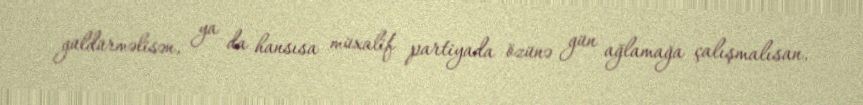
güldürməlisən, ya da hansısa müxalif partiyada özünə gün ağlamağa çalışmalısan.